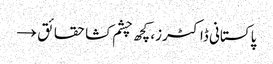
پاکستانی ڈاکٹرز، کچھ چشم کشا حقائق →